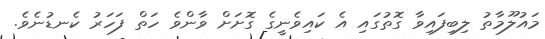
މައުލޫމާތު ލިބިފައިވާ ގޮތުގައި އެ ކައިވެނީގެ ގޮށަށް ވާންވެ ހަތް ފަހަރު ކެނޑުނެވެ.